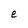
Character: e